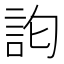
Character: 𮗽